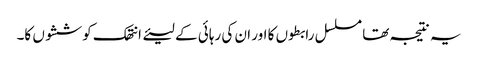
یہ نتیجہ تھا مسلسل رابطوں کا اور ان کی رہائی کے لیئے انتھک کوششوں کا۔